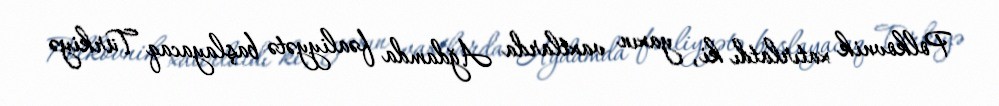
Polkovnik xatırlatdı ki, yaxın vaxtlarda Ağdamda fəaliyyətə başlayacaq Türkiyə